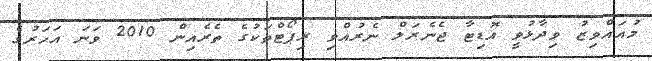
މުއައްވިޒު ވިދާޅުވީ އޮޑިޓާ ޖެނެރަލް ނެރުއްވި ރިޕޯޓްތަކުގެ ތެރެއިން 2010 ވަނަ އަހަރުގެ